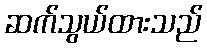
ဆက်သွယ်ထားသည်